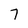
Character: 7